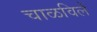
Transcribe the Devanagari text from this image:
चाळविलें